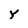
Character: y